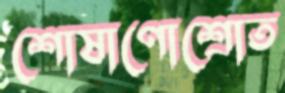
শোষাণোশ্রোত